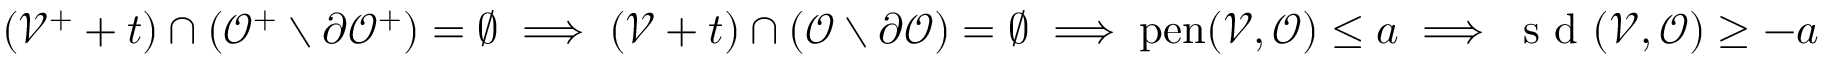
( \mathcal { V } ^ { + } + t ) \cap ( \mathcal { O } ^ { + } \setminus \partial \mathcal { O } ^ { + } ) = \emptyset \implies ( \mathcal { V } + t ) \cap ( \mathcal { O } \setminus \partial \mathcal { O } ) = \emptyset \implies \mathrm { p e n } ( \mathcal { V } , \mathcal { O } ) \leq a \implies \textup { s d } ( \mathcal { V } , \mathcal { O } ) \geq - a